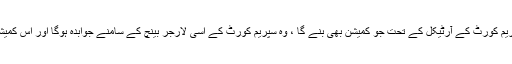
سب اچھی طرح جانتے ہیں کہ کمیشن بننے کا فیصلہ ایک درست اقدام تھا، کیونکہ سپریم کورٹ کے آرٹیکل کے تحت جو کمیشن بھی بنے گا ، وہ سپریم کورٹ کے اسی لارجر بینچ کے سامنے جوابدہ ہوگا اور اس کمیشن کی رپورٹ سپریم کورٹ کے اسی لارجر بینچ کا سامنے فیصلے کے لئے آئے گا ۔